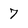
Character: 7